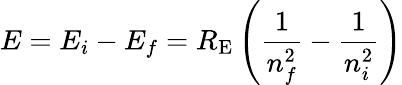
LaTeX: E=E_{i}-E_{f}=R_{\mathrm{E}}\left({\frac{1}{n_{f}^{2}}}-{\frac{1}{n_{i}^{2}}}\right)